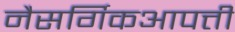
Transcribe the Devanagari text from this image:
नैसर्गिकआपत्ती